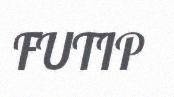
FUTIP